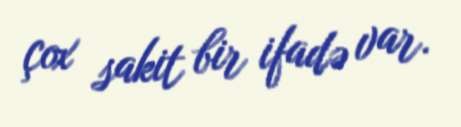
çox sakit bir ifadə var.